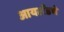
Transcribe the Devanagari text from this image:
आयलँडचे